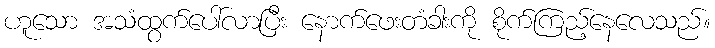
ဟူသော အသံထွက်ပေါ်လာပြီး နောက်ဖေးတံခါးကို စိုက်ကြည့်နေလေသည်။